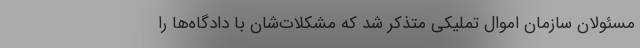
مسئولان سازمان اموال تملیکی متذکر شد که مشکلات‌شان با دادگاه‌ها را